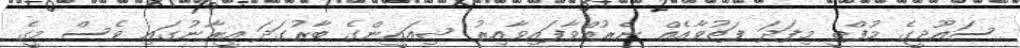
ސައޫދީގެ މުފްތީ މިފަދަ ފަތުވާއެއް ނެރުއްވާފައިވާއިރު ޝިއައީންގެ ބާރުގަދަ އީރާނުގައި ވެސް މީގެ